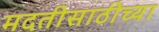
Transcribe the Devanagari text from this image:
मदतीसाठीच्या